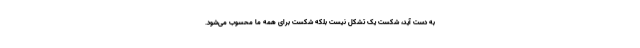
به دست آید، شکست یک تشکل نیست بلکه شکست برای همه ما محسوب می‌شود.